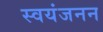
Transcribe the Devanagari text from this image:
स्वयंजनन